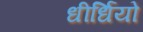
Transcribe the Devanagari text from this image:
धीर्धियो